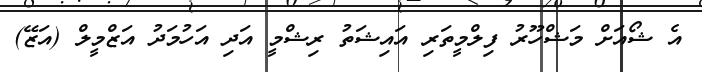
އެ ޝޯއަށް މަޝްހޫރު ފިލްމީތަރި އައިޝަތު ރިޝްމީ އަދި އަހުމަދު އަޒްމީލް (އަޒޭ)